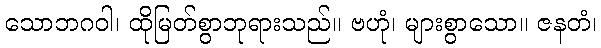
သောဘဂဝါ၊ ထိုမြတ်စွာဘုရားသည်။ ဗဟုံ၊ များစွာသော။ ဇနတံ၊